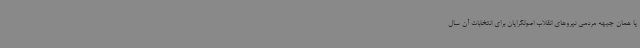
یا همان جبهه مردمی نیروهای انقلاب اصولگرایان برای انتخابات آن سال